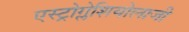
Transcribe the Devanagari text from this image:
एस्ट्रोग्लेशियोलाजी